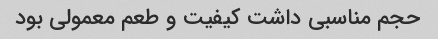
حجم مناسبی داشت کیفیت و طعم معمولی بود